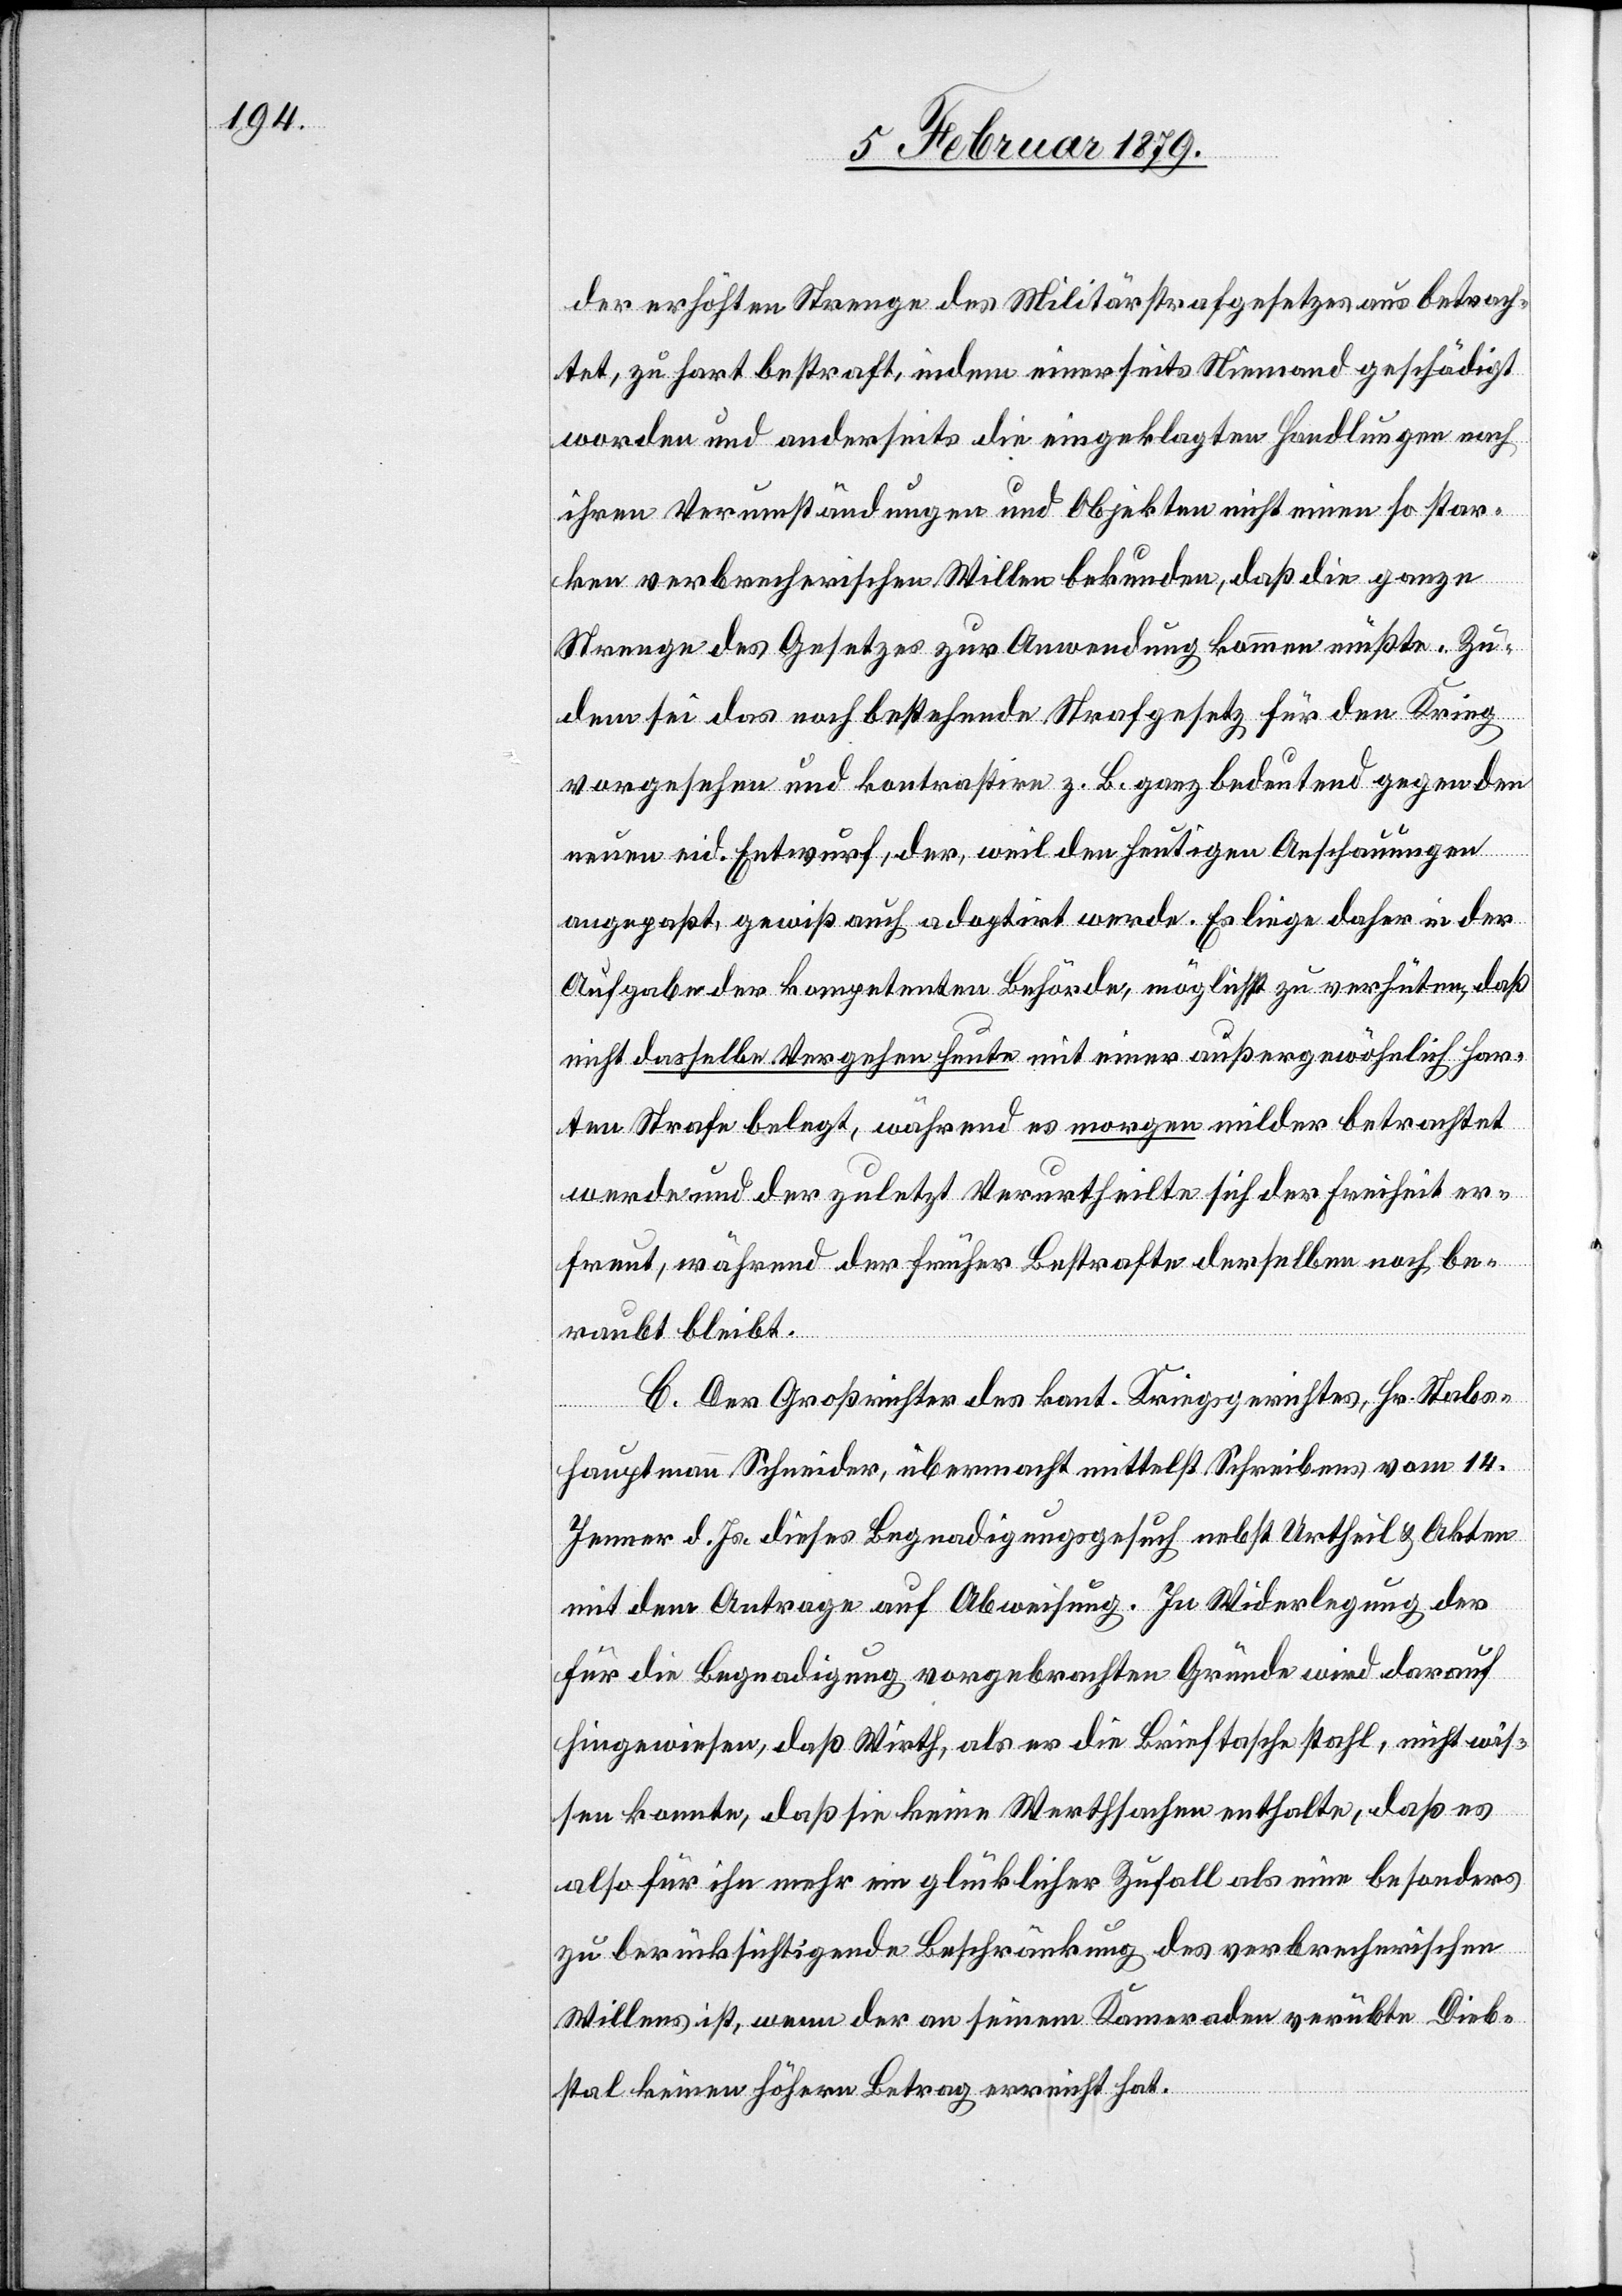
der erhöhten Strenge des Militärstrafgesetzes aus betrach¬
tet, zu hart bestraft, indem einerseits Niemand geschädigt
worden und anderseits die eingeklagten Handlungen nach
ihren Verumständungen und Objekten nicht einen so star¬
ken verbrecherischen Willen bekunden, daß die ganze
Strenge des Gesetzes zur Anwendung kommen müßte. Zu¬
dem sei das noch bestehende Strafgesetz für den Krieg
vorgesehen und kontrastire z. B. ganz bedeutend gegen den
neuen eid. Entwurf, der, weil den heutigen Anschauungen
angepaßt, gewiß auch adaptirt werde. Es liege daher in der
Aufgabe der kompetenten Behörde, möglichst zu verhüten, daß
nicht dasselbe Vergehen heute mit einer außergewöhnlich har¬
ten Strafe belegt, während es morgen milder betrachtet
werde und der zuletzt Verurtheilte sich der Freiheit er¬
freut, während der früher Bestrafte derselben noch be¬
raubt bleibt.
C. Der Großrichter des kant. Kriegsgerichtes, Hr. Stabs¬
hauptmann Schneider, übermacht mittelst Schreiben vom 14.
Jenner d. Js. dieses Begnadigungsgesuch nebst Urtheil & Akten
mit dem Antrage auf Abweisung. In Widerlegung der
für die Begnadigung vorgebrachten Gründe wird darauf
hingewiesen, daß Wirth, als er die Brieftasche stahl, nicht wis¬
sen konnte, daß sie keine Werthsachen enthalte, daß es
also für ihn mehr ein glücklicher Zufall als eine besonders
zur berücksichtigende Beschränkung des verbrecherischen
Willens ist, wenn der an seinem Kameraden verübte Dieb¬
stal keinen höhern Betrag erreicht hat.